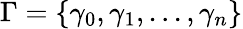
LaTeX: \Gamma=\{ \gamma_{0},\gamma_{1},...,\gamma_{n}\}